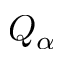
Q _ { \alpha }